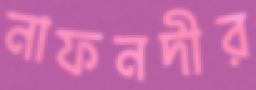
নাফনদীর